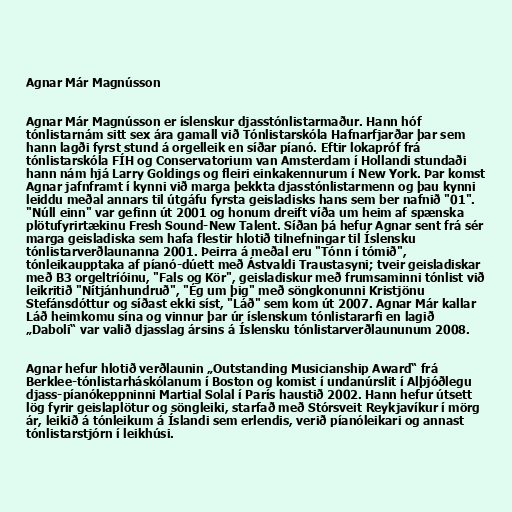
Agnar Már Magnússon

Agnar Már Magnússon er íslenskur djasstónlistarmaður. Hann hóf
tónlistarnám sitt sex ára gamall við Tónlistarskóla Hafnarfjarðar þar sem
hann lagði fyrst stund á orgelleik en síðar píanó. Eftir lokapróf frá
tónlistarskóla FÍH og Conservatorium van Amsterdam í Hollandi stundaði
hann nám hjá Larry Goldings og fleiri einkakennurum í New York. Þar komst
Agnar jafnframt í kynni við marga þekkta djasstónlistarmenn og þau kynni
leiddu meðal annars til útgáfu fyrsta geisladisks hans sem ber nafnið "01".
"Núll einn" var gefinn út 2001 og honum dreift víða um heim af spænska
plötufyrirtækinu Fresh Sound-New Talent. Síðan þá hefur Agnar sent frá sér
marga geisladiska sem hafa flestir hlotið tilnefningar til Íslensku
tónlistarverðlaunanna 2001. Þeirra á meðal eru "Tónn í tómið",
tónleikaupptaka af píanó-dúett með Ástvaldi Traustasyni; tveir geisladiskar
með B3 orgeltríóinu, "Fals og Kör", geisladiskur með frumsaminni tónlist við
leikritið "Nítjánhundruð", "Ég um þig" með söngkonunni Kristjönu
Stefánsdóttur og síðast ekki síst, "Láð" sem kom út 2007. Agnar Már kallar
Láð heimkomu sína og vinnur þar úr íslenskum tónlistararfi en lagið
„Daboli“ var valið djasslag ársins á Íslensku tónlistarverðlaununum 2008.

Agnar hefur hlotið verðlaunin „Outstanding Musicianship Award“ frá
Berklee-tónlistarháskólanum í Boston og komist í undanúrslit í Alþjóðlegu
djass-píanókeppninni Martial Solal í París haustið 2002. Hann hefur útsett
lög fyrir geislaplötur og söngleiki, starfað með Stórsveit Reykjavíkur í mörg
ár, leikið á tónleikum á Íslandi sem erlendis, verið píanóleikari og annast
tónlistarstjórn í leikhúsi.